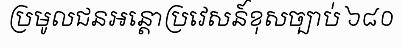
ប្រមូលជនអន្តោប្រវេសន៍ខុសច្បាប់ ៦៨០